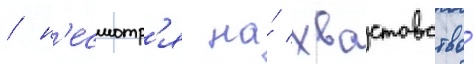
/ н'есмотр'я на́ хвастовство́